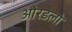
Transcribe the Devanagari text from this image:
ओरडलो